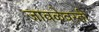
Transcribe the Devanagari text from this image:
जावळेवस्ती